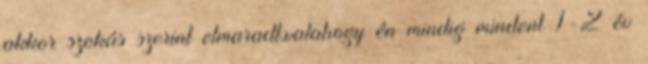
akkor szokás szerint elmaradt.valahogy én mindig mindent 1-2 év